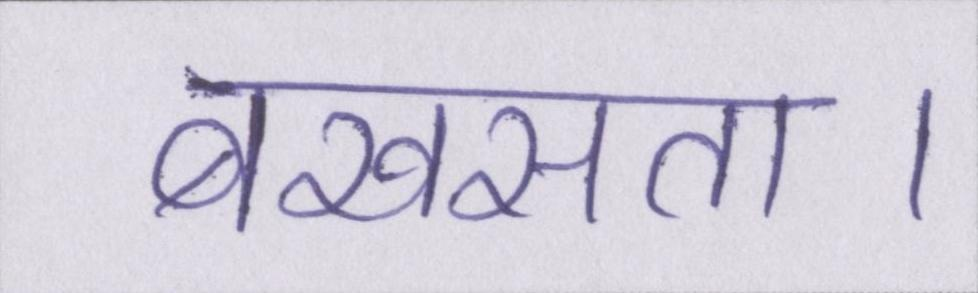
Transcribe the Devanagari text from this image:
बखसता।